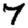
Digit: 7